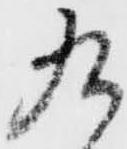
九